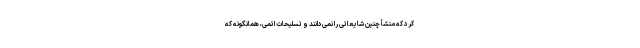
کرد که منشأ چنین شایعاتی را نمی‌دانند و تسلیحات اتمی، همانگونه که